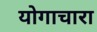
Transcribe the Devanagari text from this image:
योगाचारा